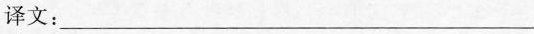
译文：___